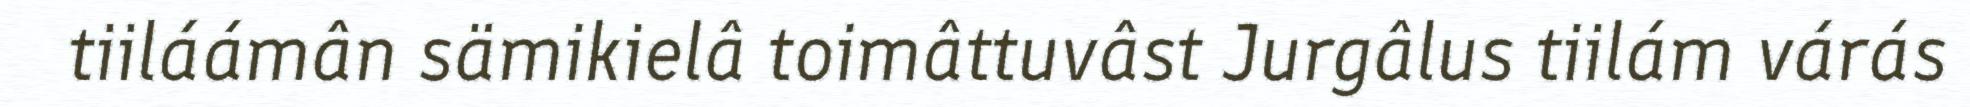
tiiláámân sämikielâ toimâttuvâst Jurgâlus tiilám várás